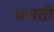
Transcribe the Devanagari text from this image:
धसती